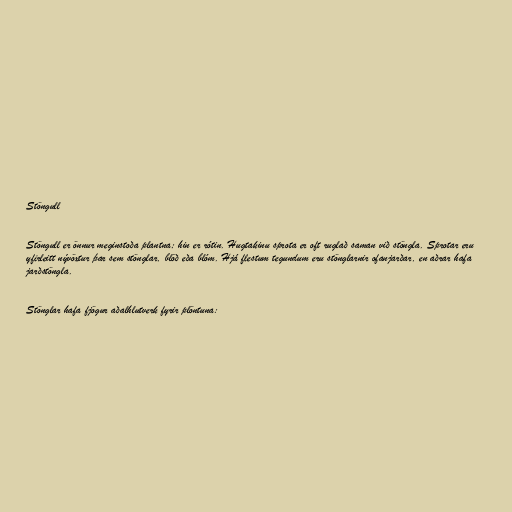
Stöngull

Stöngull er önnur meginstoða plantna; hin er rótin. Hugtakinu sprota er oft ruglað saman við stöngla. Sprotar eru
yfirleitt nývöxtur þar sem stönglar, blöð eða blóm. Hjá flestum tegundum eru stönglarnir ofanjarðar, en aðrar hafa
jarðstöngla.

Stönglar hafa fjögur aðalhlutverk fyrir plöntuna: